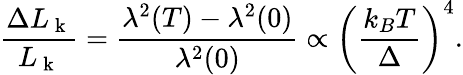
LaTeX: \frac{\Delta L_{\mathrm{~k~}}}{L_{\mathrm{~k~}}}=\frac{\lambda^{2}(T)-\lambda^{2}(0)}{\lambda^{2}(0)}\propto\bigg(\frac{k_{B}T}{\Delta}\bigg)^{4}.